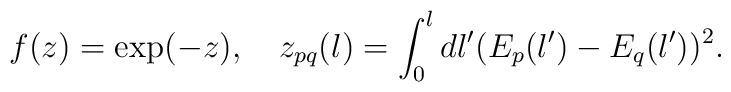
f(z)=\exp(-z), \quad z_{pq}(l)=\int_0^l dl' (E_p(l')-E_q(l'))^2.